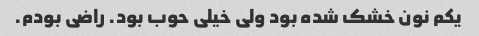
یکم نون خشک شده بود ولی خیلی حوب بود. راضی بودم.